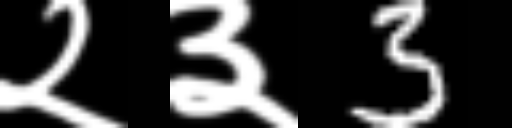
Text: २३3